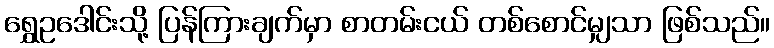
ရွှေဥဒေါင်းသို့ ပြန်ကြားချက်မှာ စာတမ်းငယ် တစ်စောင်မျှသာ ဖြစ်သည်။